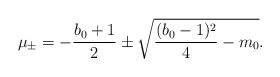
LaTeX: \begin{align*} \mu_\pm = -\frac{b_0+1}2 \pm \sqrt{\frac{(b_0-1)^2}4 - m_0}.\end{align*}